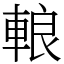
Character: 䡙